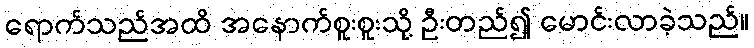
ရောက်သည်အထိ အနောက်စူးစူးသို့ ဦးတည်၍ မောင်းလာခဲ့သည်။